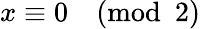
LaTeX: x\equiv 0{\pmod{2}}